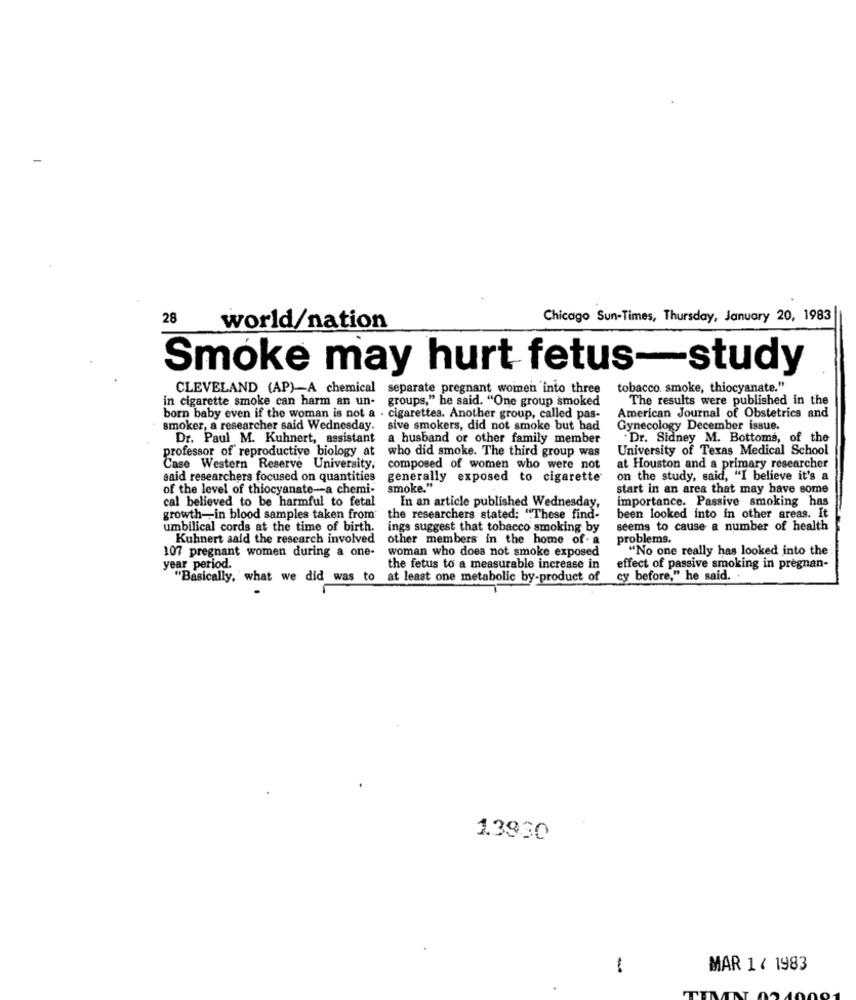
28
Chicago Sun-Times, Thursday, January 20, 1983
world/nation
Smoke may hurt fetus-study
CLEVELAND (AP)A chemical separate pregnant women into three
tobacco. smoke, thiocyanate."
in cigarette smoke can harm an un- groups," he said. "One group smoked
The results were published in the
born baby even if the woman is not a . cigarettes. Another group, called pas-
American Journal of Obstetrics and
smoker, a researcher said Wednesday. sive smokers, did not smoke but had
Gynecology December issue.
Dr. Paul M. Kuhnert, assistant
a husband or other family member
. Dr. Sidney M. Bottoms, of the
professor of reproductive biology at
University of Texas Medical School
who did smoke. The third group was
Case Western Reserve University,
composed of women who were not
at Houston and a primary researcher
said researchers focused on quantities
generally exposed to cigarette
on the study, said, "I believe it's a
of the level of thiocyanate-a chemi-
smoke."
start in an area that may have some
cal believed to be harmful to fetal
importance. Passive smoking has
In an article published Wednesday,
growth -- in blood samples taken from'
the researchers stated: "These find-
been looked into in other areas. It
umbilical cords at the time of birth.
ings suggest that tobacco smoking by
seems to cause a number of health
Kuhnert said the research involved
other members in the home of - a
problems.
107 pregnant women during a one-
woman who does not smoke exposed
"No one really has looked into the
year period.
the fetus to a measurable increase in
effect of passive smoking in pregnan-
"Basically, what we did was to at least one metabolic by-product of
cy before," he said. .
13930
MAR 1/ 1983